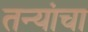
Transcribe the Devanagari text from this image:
तन्यांचा